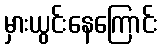
မှားယွင်းနေကြောင်း